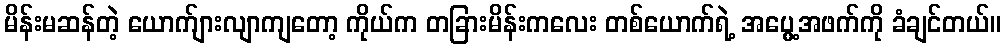
မိန်းမဆန်တဲ့ ယောက်ျားလျာကျတော့ ကိုယ်က တခြားမိန်းကလေး တစ်ယောက်ရဲ့ အပွေ့အဖက်ကို ခံချင်တယ်။